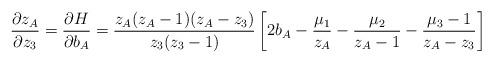
LaTeX: \begin{align*}\frac{\partial z_A}{\partial z_3} = \frac{\partial H}{\partial b_A}=\frac{z_A(z_A-1)(z_A-z_3)}{z_3(z_3-1)}\left[2b_A -\frac{\mu _1}{z_A}-\frac{\mu _2}{z_A-1}-\frac{\mu _3-1}{z_A-z_3}\right]\end{align*}